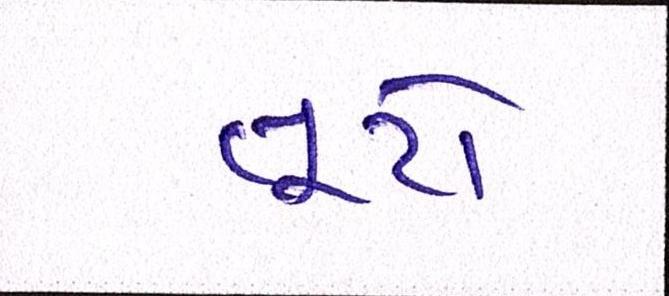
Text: તૂટો